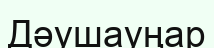
Дәушауңар